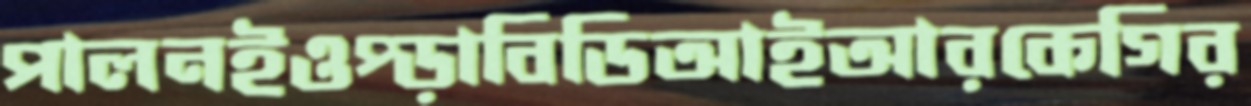
পালনইওপ্‌ড়াবিডিআইআরকেগির